Report of the Indian Hemp Drugs Commission, 1894-1895 - Volume VI
Year: 1894
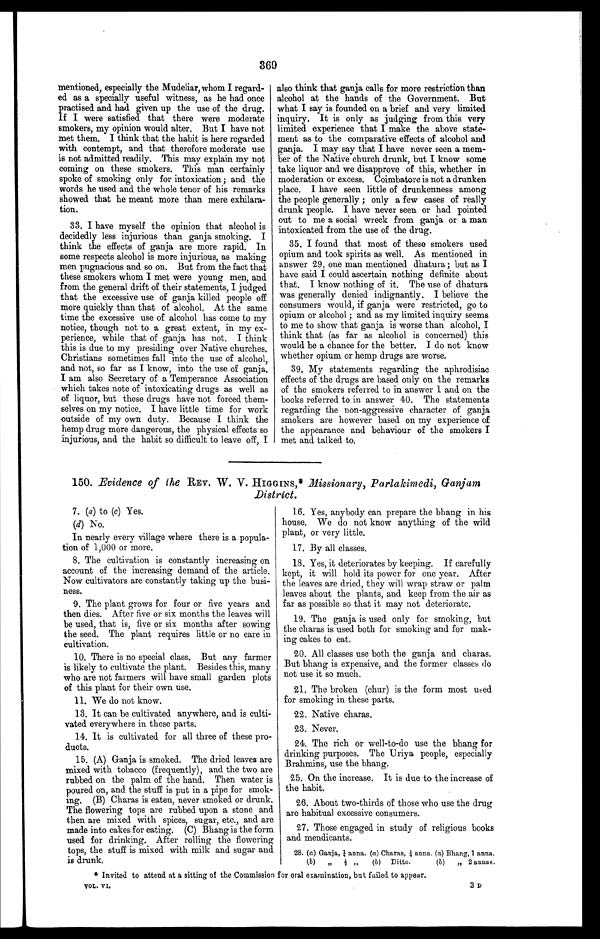
v o l . V I .
3 D
369
mentioned, especially the Mudeliar, whom I regard-
ed as a specially useful witness, as he had once
practised and had given up the use of the drug.
If I were satisfied that there were moderate
smokers, my opinion would alter. But I have not
met them. I think that the habit is here regarded
with contempt, and that therefore moderate use
is not admitted readily. This may explain my not
coming on these smokers. This man certainly
spoke of smoking only for intoxication ; and the
words he used and the whole tenor of his remarks
showed that he meant more than mere exhilara-
tion.
33. I have myself the opinion that alcohol is
decidedly less injurious than ganja smoking. I
think the effects of ganja are more rapid. In
some respects alcohol is more injurious, as making
men pugnacious and so on. But from the fact that
these smokers whom I met were young men, and
from the general drift of their statements, I judged
that the excessive use of ganja killed people off
more quickly than that of alcohol. At the same
time the excessive use of alcohol has come to my
notice, though not to a great extent, in my ex-
perience, while that of ganja has not. I think
this is due to my presiding over Native churches.
Christians sometimes fall into the use of alcohol,
and not, so far as I know, into the use of ganja.
I am also Secretary of a Temperance Association
which takes note of intoxicating drugs as well as
of liquor, but these drugs have not forced them-
selves on my notice. I have little time for work
outside of my own duty. Because I think the
hemp drug more dangerous, the physical effects so
injurious, and the habit so difficult to leave off, I
also think that ganja calls for more restriction than
alcohol at the hands of the Government. But
what I say is founded on a brief and very limited
inquiry. It is only as judging from this very
limited experience that I make the above state-
ment as to the comparative effects of alcohol and
ganja. I may say that I have never seen a mem-
ber of the Native church drunk, but I know some
take liquor and we disapprove of this, whether in
moderation or excess. Coimbatore is not a drunken
place. I have seen little of drunkenness among
the people generally ; only a few cases of really
drunk people. I have never seen or had pointed
out to me a social wreck from ganja or a man
intoxicated from the use of the drug.
35. I found that most of these smokers used
opium and took spirits as well. As mentioned in
answer 29, one man mentioned dhatura ; but as I
have said I could ascertain nothing definite about
that. I know nothing of it. The use of dhatura
was generally denied indignantly. I believe the
consumers would, if ganja were restricted, go to
opium or alcohol ; and as my limited inquiry seems
to me to show that ganja is worse than alcohol, I
think that (as far as alcohol is concerned) this
would be a chance for the better. I do not know
whether opium or hemp drugs are worse.
39. My statements regarding the aphrodisiac
effects of the drugs are based only on the remarks
of the smokers referred to in answer 1 and on the
books referred to in answer 40. The statements
regarding the non-aggressive character of ganja
smokers are however based on my experience of
the appearance and behaviour of the smokers I
met and talked to.
150. Evidence of the REV. W. V. HIGGINS,* Missionary, Parlakimedi, Ganjam
District.
7. (a) to (c) Yes.
(d) No.
In nearly every village where there is a popula-
tion of 1,000 or more.
8. The cultivation is constantly increasing on
account of the increasing demand of the article.
Now cultivators are constantly taking up the busi-
ness.
9. The plant grows for four or five years and
then dies. After five or six months the leaves will
be used, that is, five or six months after sowing
the seed. The plant requires little or no care in
cultivation.
10. There is no special class. But any farmer
is likely to cultivate the plant. Besides this, many
who are not farmers will have small garden plots
of this plant for their own use.
11. We do not know.
13. It can be cultivated anywhere, and is culti-
vated everywhere in these parts.
14. It is cultivated for all three of these pro-
ducts.
15. (A) Ganja is smoked. The dried leaves are
mixed with tobacco (frequently), and the two are
rubbed on the palm of the hand. Then water is
poured on, and the stuff is put in a pipe for smok-
ing. (B) Charas is eaten, never smoked or drunk.
The flowering tops are rubbed upon a stone and
then are mixed with spices, sugar, etc., and are
made into cakes for eating. (C) Bhang is the form
used for drinking. After rolling the flowering
tops, the stuff is mixed with milk and sugar and
is drunk.
16. Yes, anybody can prepare the bhang in his
house. We do not know anything of the wild
plant, or very little.
17. By all classes.
18. Yes, it deteriorates by keeping. If carefully
kept, it will hold its power for one year. After
the leaves are dried, they will wrap straw or palm
leaves about the plants, and keep from the air as
far as possible so that it may not deteriorate.
19. The ganja is used only for smoking, but
the charas is used both for smoking and for mak-
ing cakes to eat.
20. All classes use both the ganja and charas.
But bhang is expensive, and the former classes do
not use it so much.
21. The broken (chur) is the form most used
for smoking in these parts.
22. Native charas.
23. Never.
24. The rich or well-to-do use the bhang for
drinking purposes. The Uriya people, especially
Brahmins, use the bhang.
25. On the increase. It is due to the increase of
the habit.
26. About two-thirds of those who use the drug
are habitual excessive consumers.
27. Those engaged in study of religious books
and mendicants.
28. (a) Ganja, ¼ anna. (a) Charas, ¼ anna. (a) Bhang, 1 anna.
(b) „ ½ „ (b) Ditto. (b) „ 2 annas.
* Invited to attend at a sitting of the Commission for oral examination, but failed to appear.